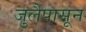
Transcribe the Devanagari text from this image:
जुलैपासून